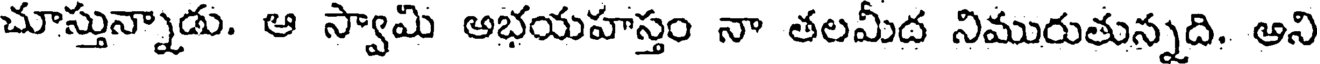
చూస్తున్నాడు. ఆ స్వామి అభయహస్తం నా తలమీద నిమురుతున్నది, అని